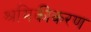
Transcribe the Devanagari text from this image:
श्रमिकीकरण